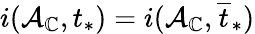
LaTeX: i(\mathcal{A}_{\mathbb{C}},t_{*})=i(\mathcal{A}_{\mathbb{C}},\overline{{t}}_{*})